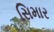
સિમાર